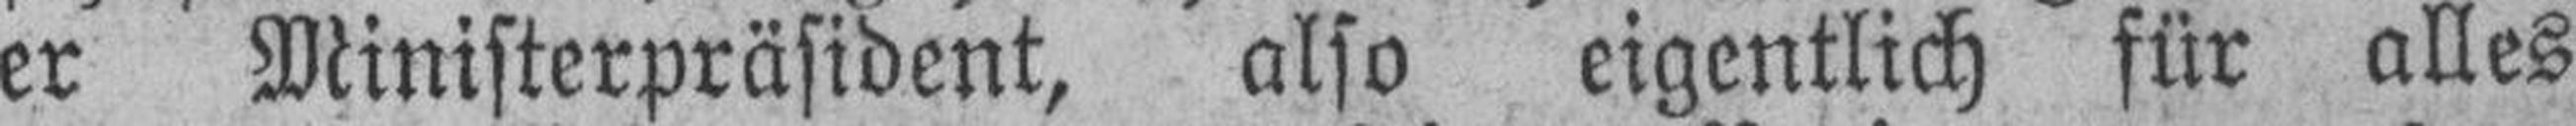
er Ministerpräsident, also eigentlich für alles